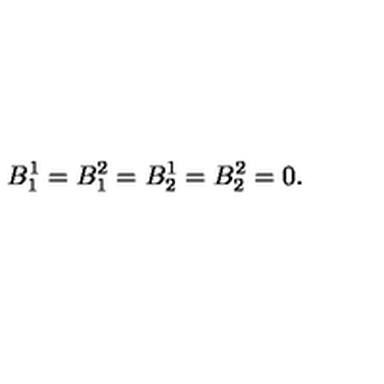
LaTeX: B _ { 1 } ^ { 1 } = B _ { 1 } ^ { 2 } = B _ { 2 } ^ { 1 } = B _ { 2 } ^ { 2 } = 0 .